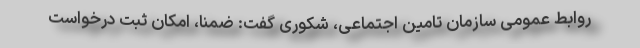
روابط عمومی سازمان تامین اجتماعی، شکوری گفت: ضمناً، امکان ثبت درخواست